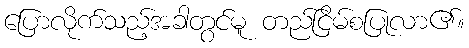
ပြောလိုက်သည့်အခါတွင်မူ တည်ငြိမ်စပြုလာ၏။